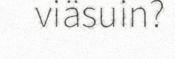
viäsuin?